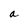
Character: a